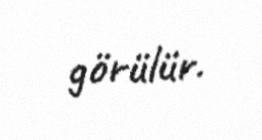
görülür.